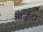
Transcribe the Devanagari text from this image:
आर्ज़ुदा